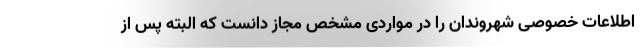
اطلاعات خصوصی شهروندان را در مواردی مشخص مجاز دانست که البته پس از